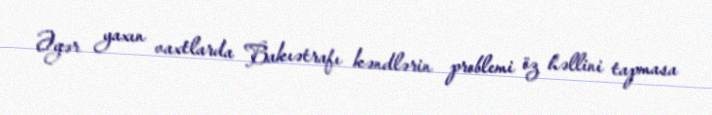
Əgər yaxın vaxtlarda Bakıətrafı kəndlərin problemi öz həllini tapmasa